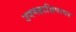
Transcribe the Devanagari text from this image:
उपमहाद्विपावर